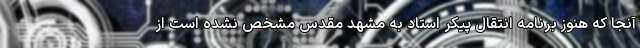
آنجا که هنوز برنامه انتقال پیکر استاد به مشهد مقدس مشخص نشده است از